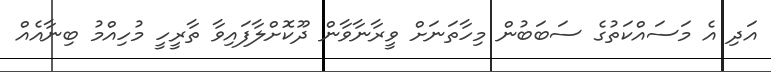
އަދި އެ މަސައްކަތުގެ ސަބަބުން މިހާތަނަށް ވީރާނާވާން ދޫކޮށްލާފައިވާ ތާރީހީ މުހިއްމު ބިނާއެއް